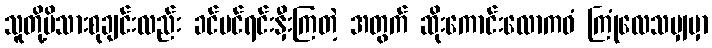
သူတို့မိသားစုချင်းလည်း ခင်မင်ရင်းနှီးကြတဲ့ အတွက် ဆိုးကောင်းလောကဓံ ကြုံလေသမျှမှာ